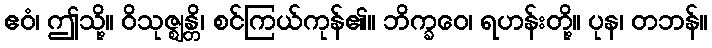
ဧဝံ၊ ဤသို့။ ဝိသုဇ္ဈန္တိ၊ စင်ကြယ်ကုန်၏။ ဘိက္ခဝေ၊ ရဟန်းတို့။ ပုန၊ တဘန်။